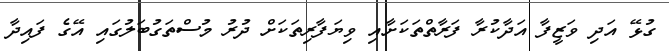
ގުޅޭ އަދި ވަޒީފާ އަދާކުރާ ފަރާތްތަކަށާއި ވިޔަފާރިތަކަށް ދުރު މުސްތަގުބަލުގައި އޭގެ ފައިދާ